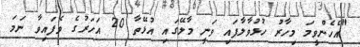
"އެހެންވީމަ މިހާރު ހުޅުވާލާފައި ވަނީ މާލޭގައި އުޅޭތާ 20 އަހަރުގެ ވެފައިވާ ނަމަ